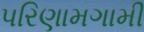
પરિણામગામી